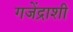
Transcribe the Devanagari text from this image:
गजेंद्राशी